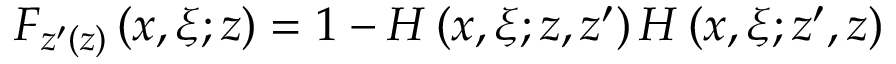
F _ { z ^ { \prime } ( z ) } \left( x , \xi ; z \right) = 1 - H \left( x , \xi ; z , z ^ { \prime } \right) H \left( x , \xi ; z ^ { \prime } , z \right)